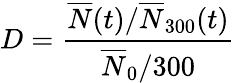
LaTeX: D=\frac{\overline{{N}}(t)/\overline{{N}}_{300}(t)}{\overline{{N}}_{0}/300}